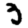
Digit: 3